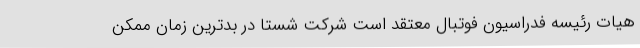
هیات رئیسه فدراسیون فوتبال معتقد است شرکت شستا در بدترین زمان ممکن